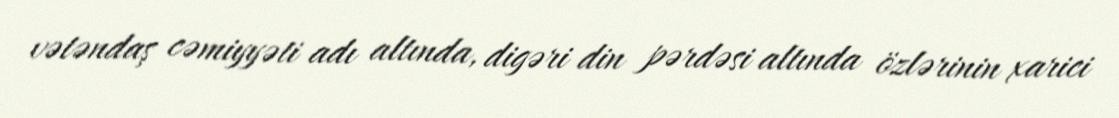
vətəndaş cəmiyyəti adı altında, digəri din pərdəsi altında özlərinin xarici